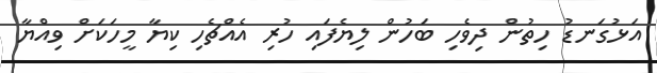
އަޅުގަނޑު ހިތުން ދިވެހި ބަހުން ލިޔެފައި ހުރި އެއްޗެހި ކިޔާ މީހަކަށް ވިއްޔާ